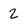
Character: 2